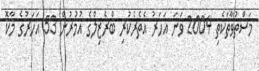
މަސްތުވާތަކެތި 2004 ވަނަ އަހަރު އެތެރެކުރި ބްރެޒިލްގެ އުމުރުން 53 އަހަރުގެ މާކޮ